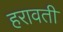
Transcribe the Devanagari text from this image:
हरावती